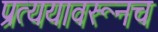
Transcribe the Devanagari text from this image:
प्रत्ययावरूनच